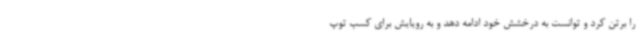
را برتن کرد و توانست به درخشش خود ادامه دهد و به رویایش برای کسب توپ